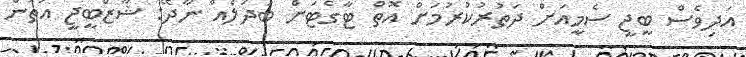
އަދިވެސް ބީޖީ ސެމީއަށް ދަތުރުކުރުމަށް އޮތް ޓާގެޓަށް ބަދަލެއް ނާދޭ: ޝާޒްބީޖީ އަތުން